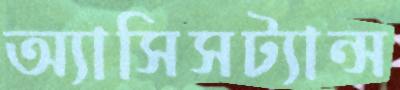
অ্যাসিসট্যান্স